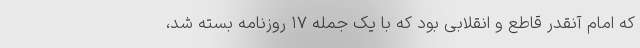
که امام آنقدر قاطع و انقلابی بود که با یک جمله ۱۷ روزنامه بسته شد،